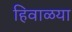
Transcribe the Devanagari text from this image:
हिवाळया